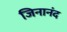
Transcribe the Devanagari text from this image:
जिनानंद